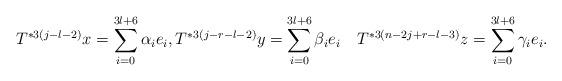
LaTeX: \begin{align*} T^{*3(j-l-2)}x = \sum_{i=0}^{3l+6}\alpha_{i}e_{i}, T^{*3(j-r-l-2)}y = \sum_{i=0}^{3l+6}\beta_{i}e_{i}\quad T^{*3(n-2j+r-l-3)}z = \sum_{i=0}^{3l+6}\gamma_{i}e_{i}.\end{align*}